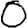
Digit: 0